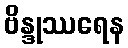
ဗိန္ဒုဿရေန